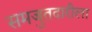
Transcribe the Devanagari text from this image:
समजुतदारीला